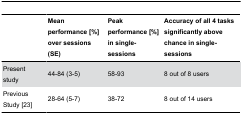
<table><thead><tr><td></td><td><b>Mean performance [%] over sessions (SE)</b></td><td><b>Peak performance [%] in single-sessions</b></td><td><b>Accuracy of all 4 tasks significantly above chance in single-sessions</b></td></tr></thead><tbody><tr><td>Present study</td><td>44-84 (3-5)</td><td>58-93</td><td>8 out of 8 users</td></tr><tr><td>Previous Study [23]</td><td>28-64 (5-7)</td><td>38-72</td><td>8 out of 14 users</td></tr></tbody></table>